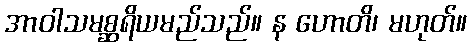
အာဝါသမစ္ဆရိယမည်သည်။ န ဟောတိ၊ မဟုတ်။